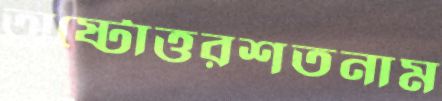
অষ্টোত্তরশতনাম